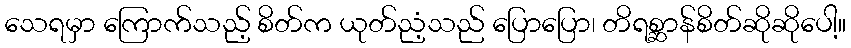
သေရမှာ ကြောက်သည့် စိတ်က ယုတ်ညံ့သည် ပြောပြော၊ တိရစ္ဆာန်စိတ်ဆိုဆိုပေါ့။